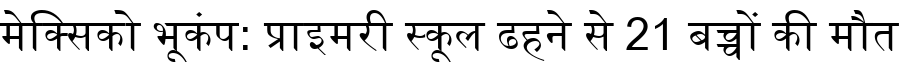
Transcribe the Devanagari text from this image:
मेक्सिको भूकंप: प्राइमरी स्कूल ढहने से 21 बच्चों की मौत